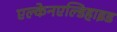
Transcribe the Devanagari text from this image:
एल्केनएल्डिहाइड